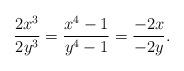
LaTeX: \begin{align*}\frac{2x^{3}}{2y^{3}}=\frac{x^{4}-1}{y^{4}-1}=\frac{-2x}{-2y}.\end{align*}